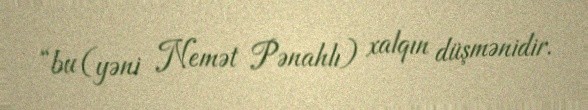
“bu (yəni Nemət Pənahlı) xalqın düşmənidir.